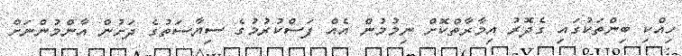
ހިއްކި ބިންތަކުގައި ގެދޮރު އިމާރާތްކޮށް ނިމުމުން އެއް ފަސްކުރުމުގެ ސިޔާސަތުގެ ދަށުން އާންމުންނަށް